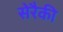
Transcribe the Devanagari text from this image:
सेरैकी